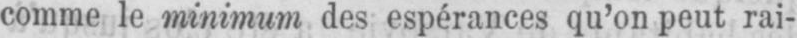
comme le minimum des espérances qu’on peut rai-